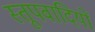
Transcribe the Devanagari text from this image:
स्तूपवादियों